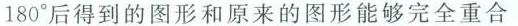
180°后得到的图形和原来的图形能够完全重合